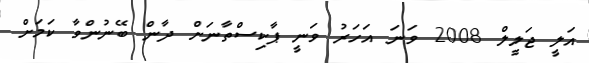
އަލީ ޖަލީލް 2008 ވަނަ އަހަރު ވަނީ ޕާކިސްތާނަށް ދާން ބޭނުންވާ ކަމަށް